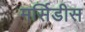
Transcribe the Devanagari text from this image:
मर्सिडीस